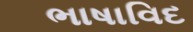
ભાષાવિદ